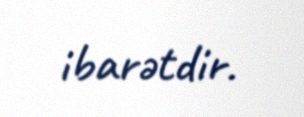
ibarətdir.